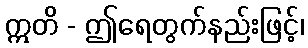
ဣတိ - ဤရေတွက်နည်းဖြင့်၊